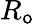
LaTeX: R_{\mathsf{o}}